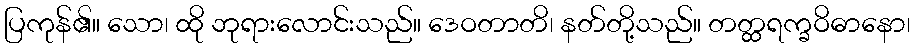
ပြကုန်၏။ သော၊ ထို ဘုရားလောင်းသည်။ ဒေဝတာတိ၊ နတ်တို့သည်။ တတ္ထရက္ခဝိဓာနော၊